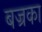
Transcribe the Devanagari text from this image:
बज्रका